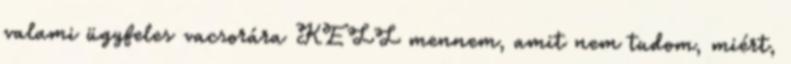
valami ügyfeles vacsorára KELL mennem, amit nem tudom, miért,